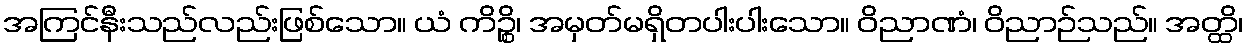
အကြင်နီးသည်လည်းဖြစ်သော။ ယံ ကိဉ္စိ၊ အမှတ်မရှိတပါးပါးသော။ ဝိညာဏံ၊ ဝိညာဉ်သည်။ အတ္ထိ၊